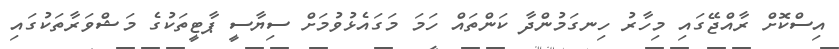
އިސްކޮށް ރާއްޖޭގައި މިހާރު ހިނގަމުންދާ ކަންތައް ހަމަ މަގައެޅުވުމަށް ސިޔާސީ ޕާޓީތަކުގެ މަޝްވަރާތަކުގައި